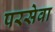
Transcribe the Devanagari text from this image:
परसेवा